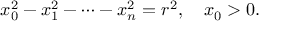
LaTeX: x _ { 0 } ^ { 2 } - x _ { 1 } ^ { 2 } - \cdots - x _ { n } ^ { 2 } = r ^ { 2 } , \quad x _ { 0 } > 0 .